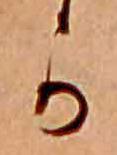
か